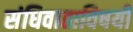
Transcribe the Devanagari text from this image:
संधिवाताविषयी